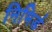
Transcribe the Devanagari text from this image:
निभिर्ड